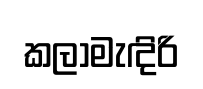
කලාමැඳිරි